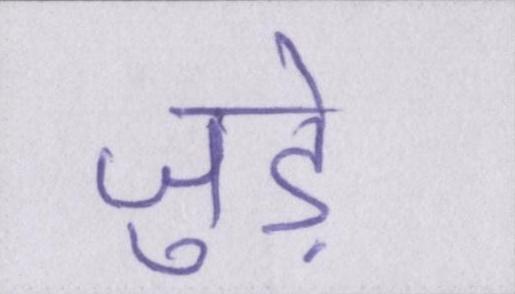
जुडे़